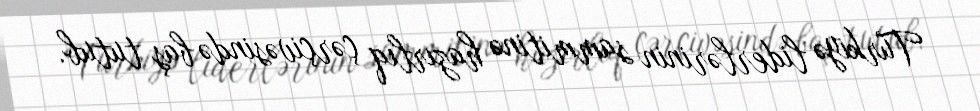
Türkiyə liderlərinin sammitinə hazırlıq çərçivəsində baş tutub.